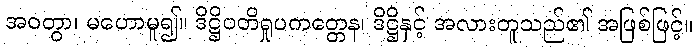
အဝတွာ၊ မဟောမူ၍။ ဒိဋ္ဌိပတိရှုပကတ္တေန၊ ဒိဋ္ဌိနှင့် အလားတူသည်၏ အဖြစ်ဖြင့်။